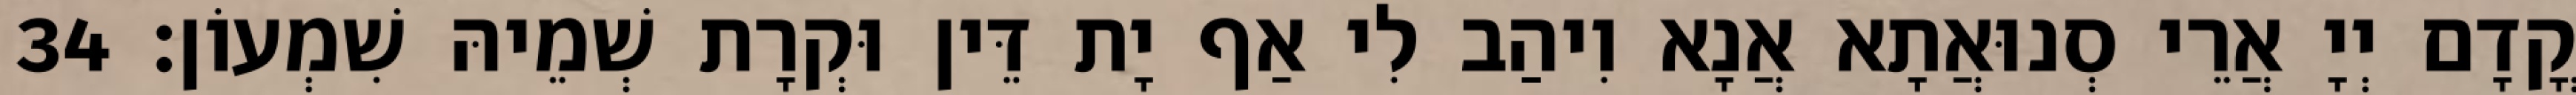
קֳדָם יְיָ אֲרֵי סְנוּאֲתָא אֲנָא וִיהַב לִי אַף יָת דֵּין וּקְרָת שְׁמֵיהּ שִׁמְעוֹן׃ 34